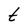
Character: t